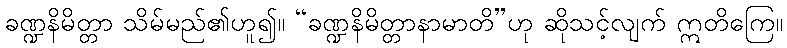
ခဏ္ဍနိမိတ္တာ သိမ်မည်၏ဟူ၍။ “ခဏ္ဍနိမိတ္တာနာမာတိ”ဟု ဆိုသင့်လျက် ဣတိကြေ။